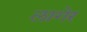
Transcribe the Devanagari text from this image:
लागेर